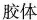
胶体